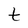
Character: t